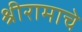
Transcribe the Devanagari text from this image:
श्रीरामाचे